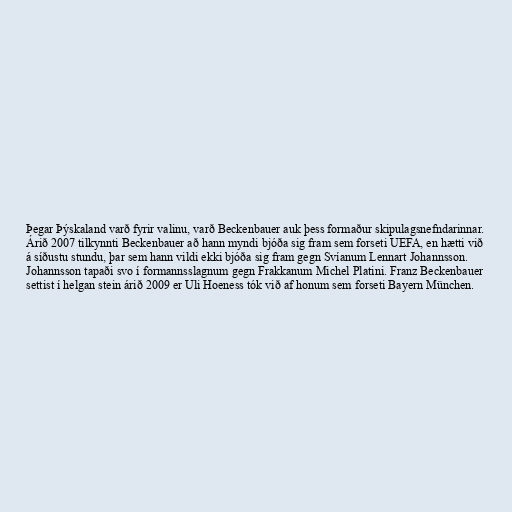
Þegar Þýskaland varð fyrir valinu, varð Beckenbauer auk þess formaður skipulagsnefndarinnar.
Árið 2007 tilkynnti Beckenbauer að hann myndi bjóða sig fram sem forseti UEFA, en hætti við
á síðustu stundu, þar sem hann vildi ekki bjóða sig fram gegn Svíanum Lennart Johannsson.
Johannsson tapaði svo í formannsslagnum gegn Frakkanum Michel Platini. Franz Beckenbauer
settist í helgan stein árið 2009 er Uli Hoeness tók við af honum sem forseti Bayern München.